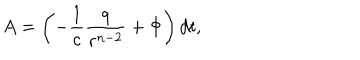
LaTeX: A = \left( - { \frac { 1 } { c } } { \frac { q } { r ^ { n - 2 } } } + \Phi \right) d t ,